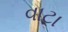
વાટા